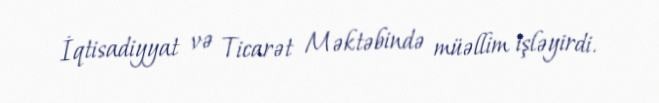
İqtisadiyyat və Ticarət Məktəbində müəllim işləyirdi.